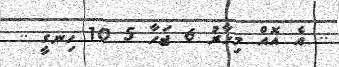
.. އެ އޮއް މިހާރު 6 ޖަހާ 5 10 ހިނގީ ..